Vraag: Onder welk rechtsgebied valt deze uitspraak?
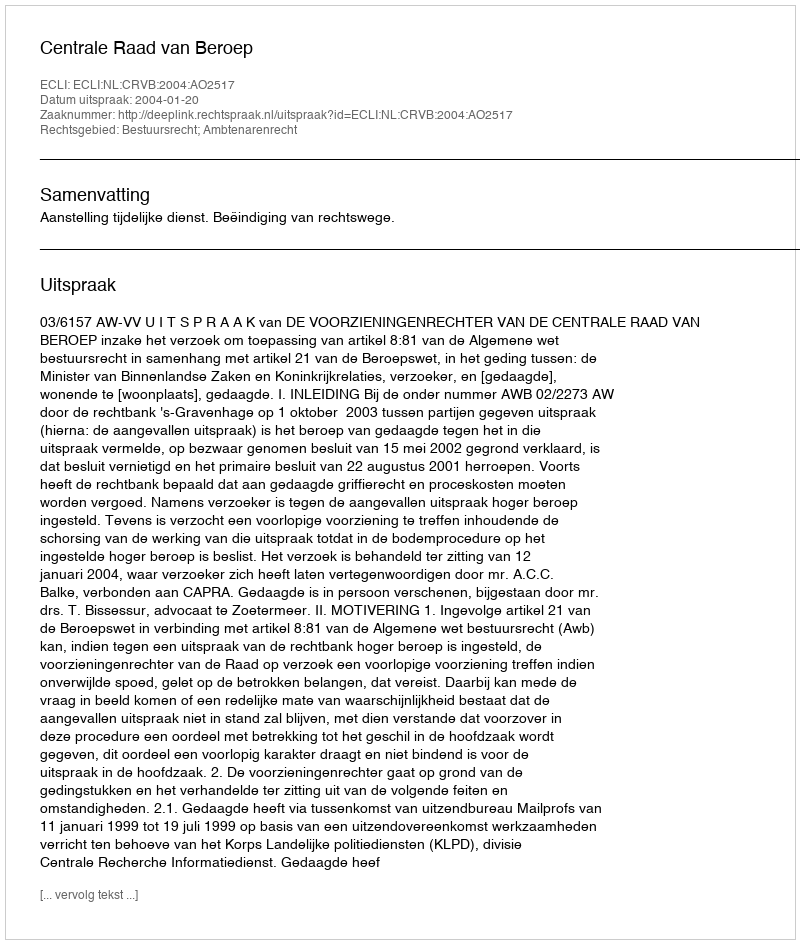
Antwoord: Bestuursrecht; Ambtenarenrecht